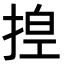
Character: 𪮆